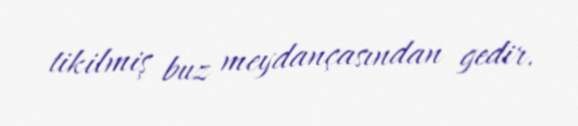
tikilmiş buz meydançasından gedir.